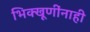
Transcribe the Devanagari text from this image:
भिक्खूणींनाही